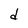
Character: d